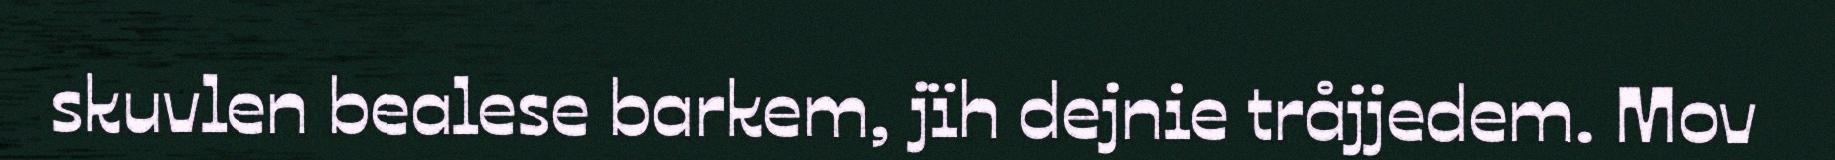
skuvlen bealese barkem, jïh dejnie tråjjedem. Mov